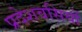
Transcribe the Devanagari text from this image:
प्रदेशवसियों